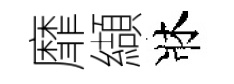
靡纈牀